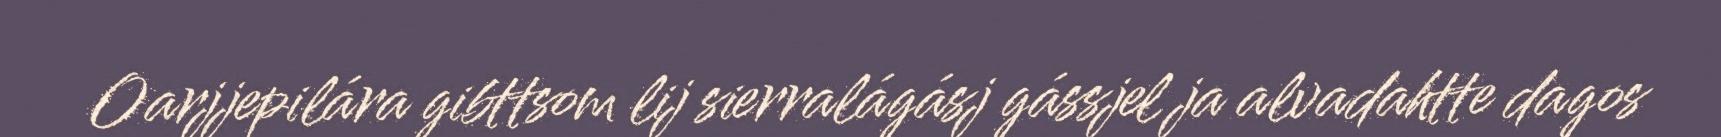
Oarjjepilára gibttsom lij sierralágásj gássjel ja alvadahtte dagos